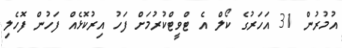
އުމުރުން 31 އަހަރުގެ ކޯލް އެ ޓްވީޓްކުރުމަށް ފަހު އިރުކޮޅެއް ފަހުން ފޮހެލި